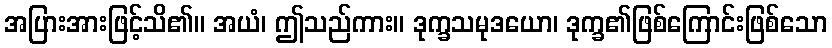
အပြားအားဖြင့်သိ၏။ အယံ၊ ဤသည်ကား။ ဒုက္ခသမုဒယော၊ ဒုက္ခ၏ဖြစ်ကြောင်းဖြစ်သော